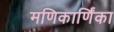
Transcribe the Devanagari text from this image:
मणिकार्णिंका